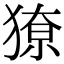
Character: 𭸡